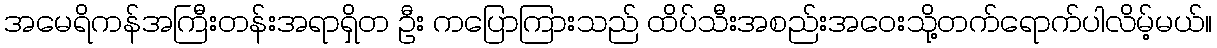
အမေရိကန်အကြီးတန်းအရာရှိတ ဦး ကပြောကြားသည် ထိပ်သီးအစည်းအဝေးသို့တက်ရောက်ပါလိမ့်မယ်။